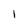
Character: 1